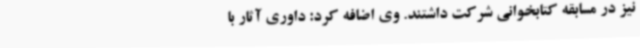
نیز در مسابقه کتابخوانی شرکت داشتند. وی اضافه کرد: داوری آثار با